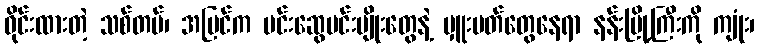
ဝိုင်းထားတဲ့ သစ်တပ်၊ အပြင်က မင်းဆွေမင်းမျိုးတွေနဲ့ မှူးမတ်တွေနေရာ နန်းမြို့ကြီးကို ကျုံး၊